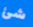
شئ